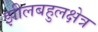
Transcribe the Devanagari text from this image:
झीलबहुलक्षेत्र